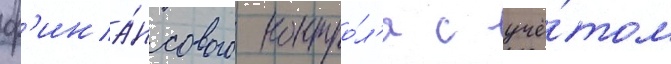
ф'ина́нсового контро́л'я с учё́том